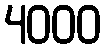
4000